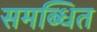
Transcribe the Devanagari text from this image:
समब्धित